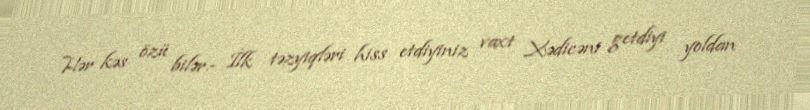
Hər kəs özü bilər.- İlk təzyiqləri hiss etdiyiniz vaxt Xədicəni getdiyi yoldan